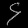
Digit: ၄